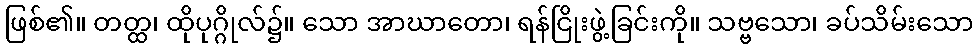
ဖြစ်၏။ တတ္ထ၊ ထိုပုဂ္ဂိုလ်၌။ သော အာဃာတော၊ ရန်ငြိုးဖွဲ့ခြင်းကို။ သဗ္ဗသော၊ ခပ်သိမ်းသော